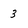
Character: 3